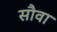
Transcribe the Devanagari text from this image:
सौवा